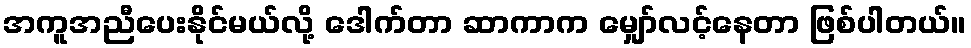
အကူအညီပေးနိုင်မယ်လို့ ဒေါက်တာ ဆာကာက မျှော်လင့်နေတာ ဖြစ်ပါတယ်။